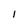
Character: l